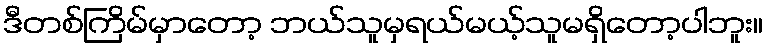
ဒီတစ်ကြိမ်မှာတော့ ဘယ်သူမှရယ်မယ့်သူမရှိတော့ပါဘူး။